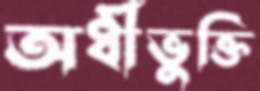
অধীভুক্তি